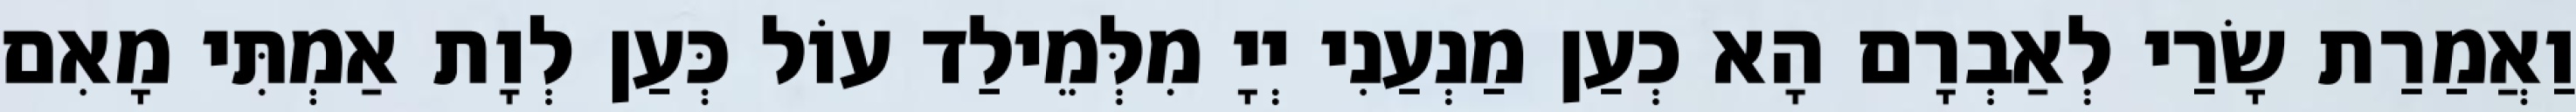
וַאֲמַרַת שָׂרַי לְאַבְרָם הָא כְעַן מַנְעַנִי יְיָ מִלְּמֵילַד עוֹל כְּעַן לְוָת אַמְתִּי מָאִם